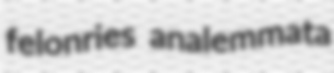
felonries analemmata